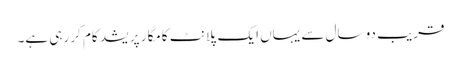
قریب دو سال سے یہاں ایک پلانٹ کامگار پریشد کام کر رہی ہے۔